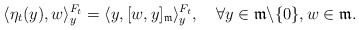
\begin{align*}\langle\eta_t(y),w\rangle^{F_t}_y=\langle y,[w,y]_\mathfrak{m}\rangle^{F_t}_y,\quad\forall y\in\mathfrak{m}\backslash\{0\},w\in\mathfrak{m}.\end{align*}